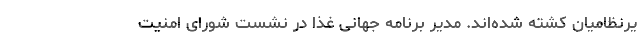
یرنظامیان کشته شده‌اند. مدیر برنامه جهانی غذا در نشست شورای امنیت